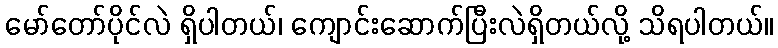
မော်တော်ပိုင်လဲ ရှိပါတယ်၊ ကျောင်းဆောက်ပြီးလဲရှိတယ်လို့ သိရပါတယ်။